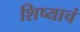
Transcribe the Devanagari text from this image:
शिष्याचं